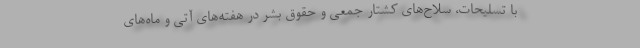
با تسلیحات، سلاح‌های کشتار جمعی و حقوق بشر در هفته‌های آتی و ماه‌های